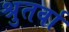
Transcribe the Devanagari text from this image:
श्रुतर्वा